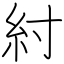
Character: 紂